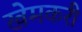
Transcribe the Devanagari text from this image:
खेमकरी